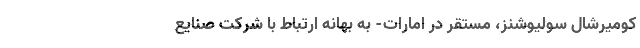
کومیرشال سولیوشنز، مستقر در امارات- به بهانه ارتباط با شرکت صنایع